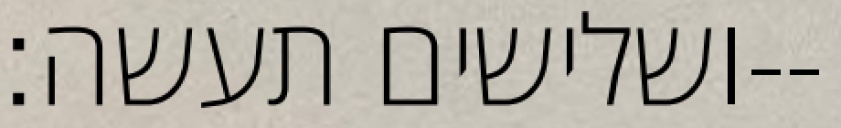
ושלישים תעשה׃--